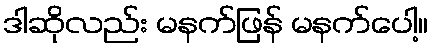
ဒါဆိုလည်း မနက်ဖြန် မနက်ပေါ့။